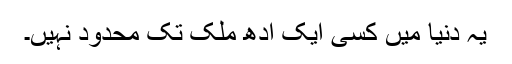
یہ دنیا میں کسی ایک آدھ ملک تک محدود نہیں۔